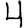
Digit: 4